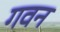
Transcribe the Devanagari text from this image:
गवन